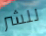
للشر